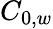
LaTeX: C_{0,w}